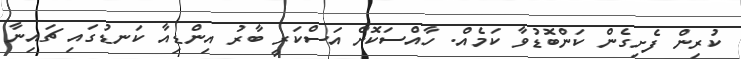
ކުރިން ފެށިގެން ކަންބޮޑުވާ ކަމެއް. ހާއްސަކޮށް އަސްކަރީ ބާރު އިންޑިއާ ކަނޑުގައި ޗައިނާ